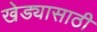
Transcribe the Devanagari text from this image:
खेड्यासाठी